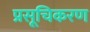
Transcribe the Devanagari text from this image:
प्रसूचिकरण